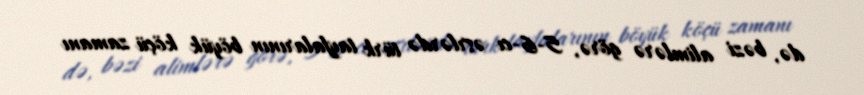
də, bəzi alimlərə görə, 5-6-cı əsrlərdə türk tayfalarının böyük köçü zamanı